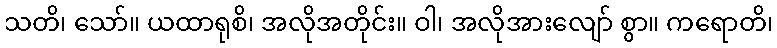
သတိ၊ သော်။ ယထာရုစိ၊ အလိုအတိုင်း။ ဝါ၊ အလိုအားလျော် စွာ။ ကရောတိ၊